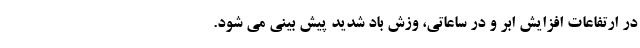
در ارتفاعات افزایش ابر و در ساعاتی، وزش باد شدید پیش بینی می شود.